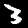
Digit: 3